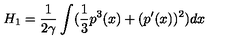
H _ { 1 } = \frac { 1 } { 2 \gamma } \int ( \frac { 1 } { 3 } p ^ { 3 } ( x ) + ( p ^ { \prime } ( x ) ) ^ { 2 } ) d x